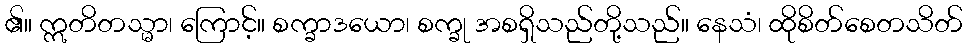
၏။ ဣတိတသ္မာ၊ ကြောင့်။ စက္ခာဒယော၊ စက္ခု အစရှိသည်တို့သည်။ နေသံ၊ ထိုစိတ်စေတသိတ်